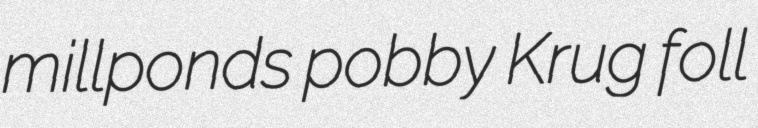
millponds pobby Krug foll